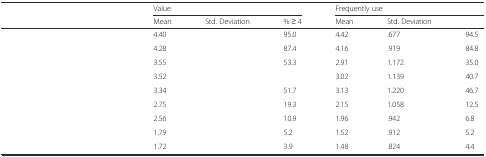
<table><thead><tr><td>[EMPTY_CELL]</td><td colspan="3"><b>Value</b></td><td colspan="3"><b>Frequently use</b></td></tr><tr><td>[EMPTY_CELL]</td><td><b>Mean</b></td><td><b>Std. Deviation</b></td><td><b>% ≥ 4</b></td><td><b>Mean</b></td><td><b>Std. Deviation</b></td><td>[EMPTY_CELL]</td></tr></thead><tbody><tr><td>[EMPTY_CELL]</td><td>4.40</td><td>[EMPTY_CELL]</td><td>95.0</td><td>4.42</td><td>.677</td><td>94.5</td></tr><tr><td>[EMPTY_CELL]</td><td>4.28</td><td>[EMPTY_CELL]</td><td>87.4</td><td>4.16</td><td>.919</td><td>84.8</td></tr><tr><td>[EMPTY_CELL]</td><td>3.55</td><td>[EMPTY_CELL]</td><td>53.3</td><td>2.91</td><td>1.172</td><td>35.0</td></tr><tr><td>[EMPTY_CELL]</td><td>3.52</td><td>[EMPTY_CELL]</td><td>[EMPTY_CELL]</td><td>3.02</td><td>1.139</td><td>40.7</td></tr><tr><td>[EMPTY_CELL]</td><td>3.34</td><td>[EMPTY_CELL]</td><td>51.7</td><td>3.13</td><td>1.220</td><td>46.7</td></tr><tr><td>[EMPTY_CELL]</td><td>2.75</td><td>[EMPTY_CELL]</td><td>19.3</td><td>2.15</td><td>1.058</td><td>12.5</td></tr><tr><td>[EMPTY_CELL]</td><td>2.56</td><td>[EMPTY_CELL]</td><td>10.9</td><td>1.96</td><td>.942</td><td>6.8</td></tr><tr><td>[EMPTY_CELL]</td><td>1.79</td><td>[EMPTY_CELL]</td><td>5.2</td><td>1.52</td><td>.912</td><td>5.2</td></tr><tr><td>[EMPTY_CELL]</td><td>1.72</td><td>[EMPTY_CELL]</td><td>3.9</td><td>1.48</td><td>.824</td><td>4.4</td></tr></tbody></table>